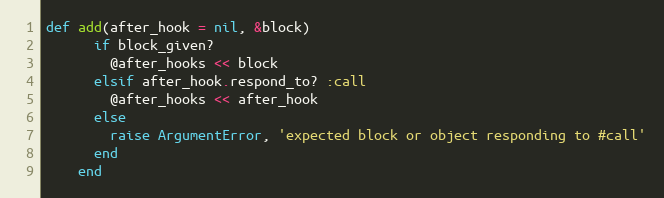
Language: Ruby
def add(after_hook = nil, &block)
      if block_given?
        @after_hooks << block
      elsif after_hook.respond_to? :call
        @after_hooks << after_hook
      else
        raise ArgumentError, 'expected block or object responding to #call'
      end
    end